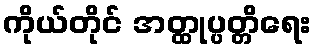
ကိုယ်တိုင် အတ္ထုပ္ပတ္တိရေး